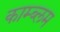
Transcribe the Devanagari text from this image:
काम्ब्लम